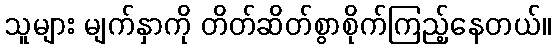
သူများ မျက်နှာကို တိတ်ဆိတ်စွာစိုက်ကြည့်နေတယ်။